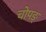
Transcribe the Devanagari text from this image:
चोपङ्